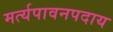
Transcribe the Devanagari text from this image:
मर्त्यपावनपदाय